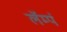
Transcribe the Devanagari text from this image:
लॅम्पं